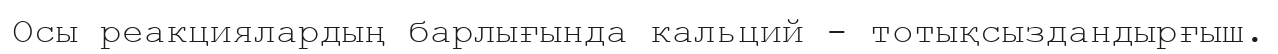
Осы реакциялардың барлығында кальций - тотықсыздандырғыш.